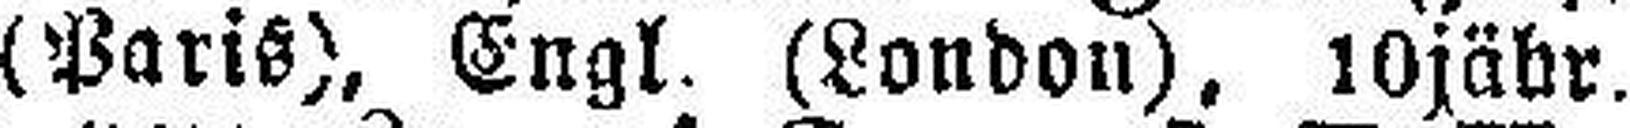
(Paris), Engl. (London), 10jähr.